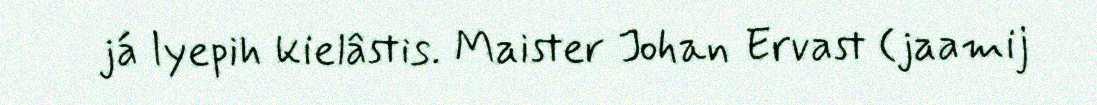
já lyepih kielâstis. Maister Johan Ervast (jaamij